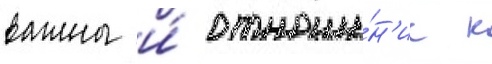
важны и́ отноше́н'ие к